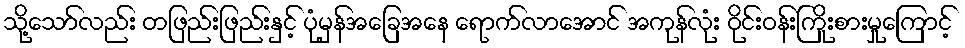
သို့သော်လည်း တဖြည်းဖြည်းနှင့် ပုံမှန်အခြေအနေ ရောက်လာအောင် အကုန်လုံး ဝိုင်းဝန်းကြိုးစားမှုကြောင့်